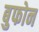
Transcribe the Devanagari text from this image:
बुफोन